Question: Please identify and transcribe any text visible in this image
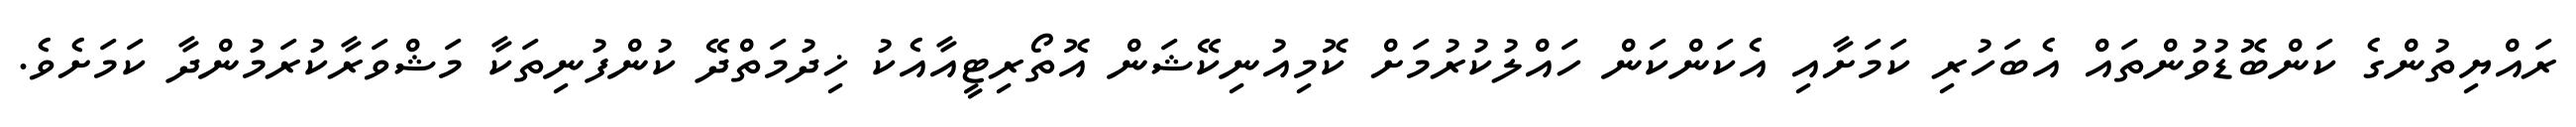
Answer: ރައްޔިތުންގެ ކަންބޮޑުވުންތައް އެބަހުރި ކަމަށާއި އެކަންކަން ހައްލުކުރުމަށް ކޮމިއުނިކޭޝަން އޮތޯރިޓީއާއެކު ޚިދުމަތްދޭ ކުންފުނިތަކާ މަޝްވަރާކުރަމުންދާ ކަމަށެވެ.